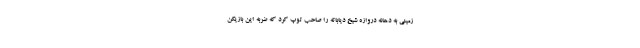
زمینی به دهانه دروازه شیخ دیاباته را صاحب توپ کرد که ضربه این بازیکن